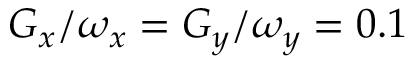
G _ { x } / \omega _ { x } = G _ { y } / \omega _ { y } = 0 . 1